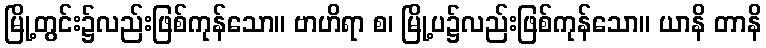
မြို့တွင်း၌လည်းဖြစ်ကုန်သော။ ဗာဟိရာ စ၊ မြို့ပ၌လည်းဖြစ်ကုန်သော။ ယာနိ တာနိ